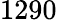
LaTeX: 1290